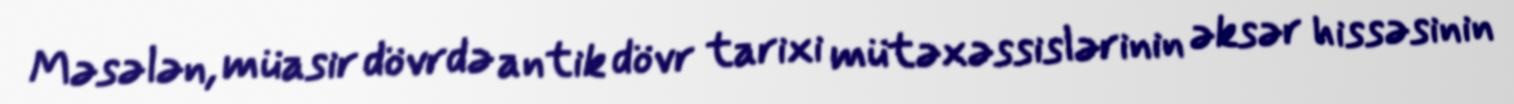
Məsələn, müasir dövrdə antik dövr tarixi mütəxəssislərinin əksər hissəsinin